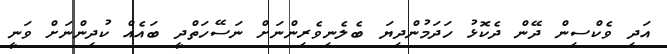
އަދި ވެކްސިން ދޭން ދެކޮޅު ހަދަމުންދިޔަ ބެލެނިވެރިންނަށް ނަސޭހަތްދީ ބައެއް ކުދިންނަށް ވަނީ